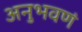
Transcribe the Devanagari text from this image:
अनुभवणं